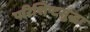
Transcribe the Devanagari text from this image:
परिशिष्टसुद्धा